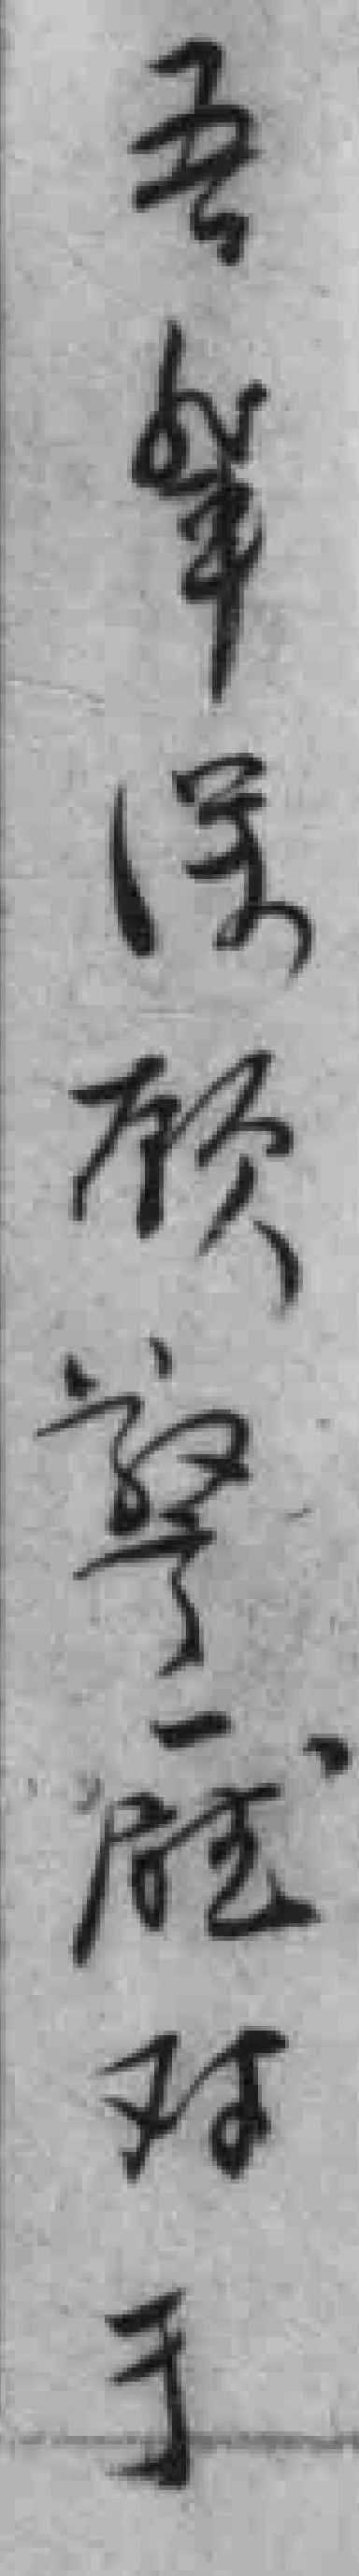
吾軰深顾警廰对于